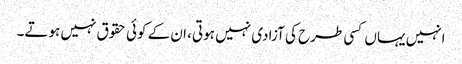
انہیں یہاں کسی طرح کی آزادی نہیں ہوتی، ان کے کوئی حقوق نہیں ہوتے۔